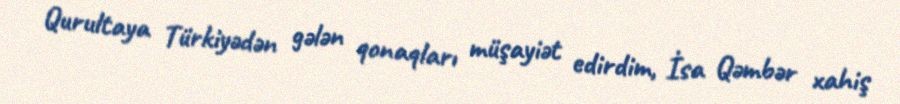
Qurultaya Türkiyədən gələn qonaqları müşayiət edirdim, İsa Qəmbər xahiş